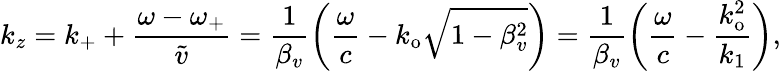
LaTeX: k_{z}=k_{+}+\frac{\omega-\omega_{+}}{\widetilde{v}}=\frac{1}{\beta_{v}}\left(\frac{\omega}{c}-k_{\mathrm{o}}\sqrt{1-\beta_{v}^{2}}\right)=\frac{1}{\beta_{v}}\left(\frac{\omega}{c}-\frac{k_{\mathrm{o}}^{2}}{k_{1}}\right),